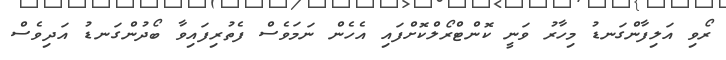
ރޯވި އަލިފާންގަނޑު މިހާރު ވަނީ ކޮންޓްރޯލްކޮށްފައި އެހެން ނަމަވެސް ފެތުރިފައިވާ ބޯދުންގަނޑު އަދިވެސް